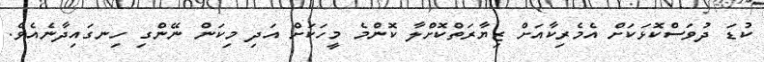
ކުޑަ ދުވަސްކޮޅަކަށް އެމެރިކާއަށް ޒިޔާރަތްކޮށްލާ ކޮންމެ މީހަކަށް އަދި މިކަން ނޭންގި ހިނގައިދާނެއެވެ.